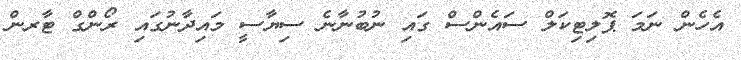
އެހެން ނަމަ ޕޮލިޓިކަލް ސައެންސް ގައި ނުބުނާނެ ސިޔާސީ މައިދާނުގައި ރޯންގް ޓާރން